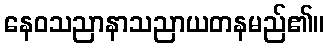
နေဝသညာနာသညာယတနမည်၏။